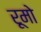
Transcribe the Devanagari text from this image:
रूमो